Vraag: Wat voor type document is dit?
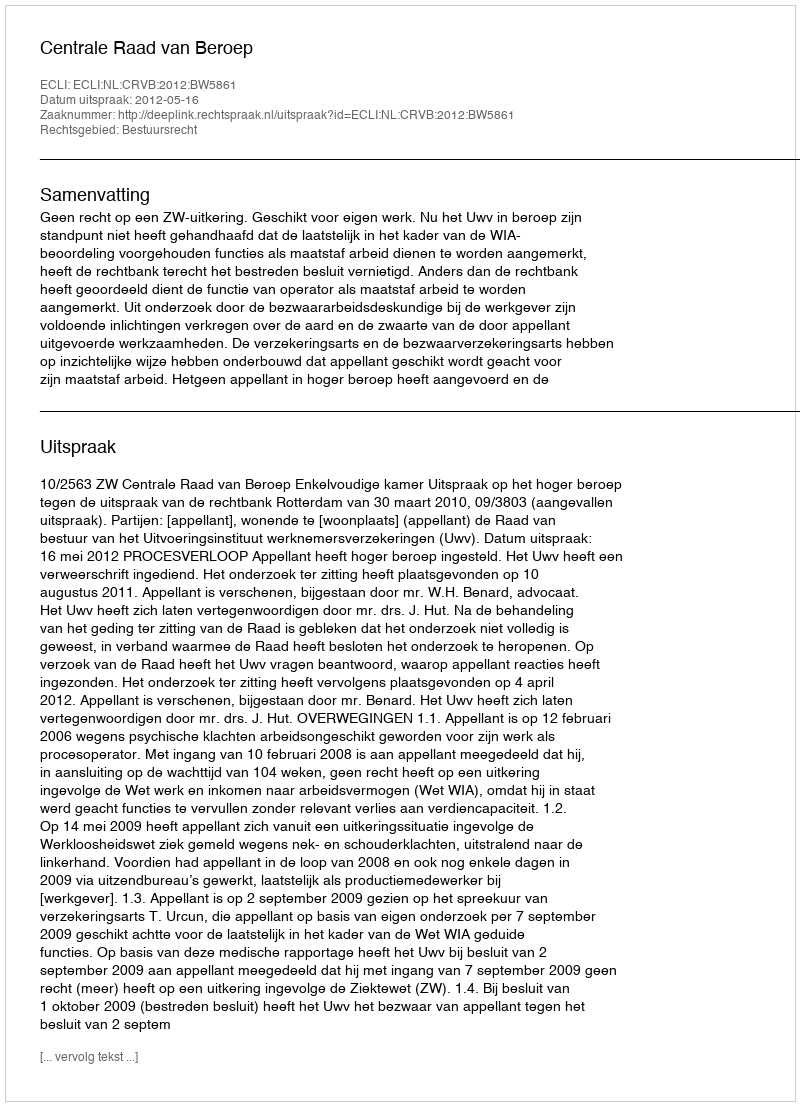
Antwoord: Uitspraak